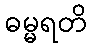
ဓမ္မရတိ